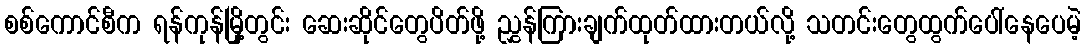
စစ်ကောင်စီက ရန်ကုန်မြို့တွင်း ဆေးဆိုင်တွေပိတ်ဖို့ ညွှန်ကြားချက်ထုတ်ထားတယ်လို့ သတင်းတွေထွက်ပေါ်နေပေမဲ့